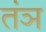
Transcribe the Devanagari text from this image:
तंञ